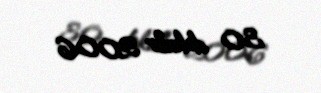
30 dekabr 2006